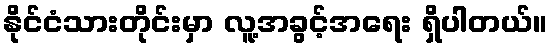
နိုင်ငံသားတိုင်းမှာ လူ့အခွင့်အရေး ရှိပါတယ်။